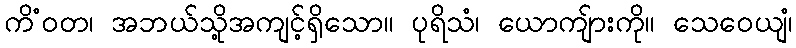
ကိံဝတ၊ အဘယ်သို့အကျင့်ရှိသော။ ပုရိသံ၊ ယောကျ်ားကို။ သေဝေယျံ၊